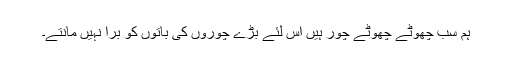
ہم سب چھوٹے چھوٹے چور ہیں اس لئے بڑے چوروں کی باتوں کو برا نہیں مانتے۔